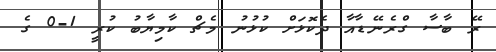
ރޭ ބާސާ ގްރެނޭޑާއާ ދެކޮޅަށް ކުޅުނު މެޗް ކާމިޔާބު ކުރީ 1-0 ގެ